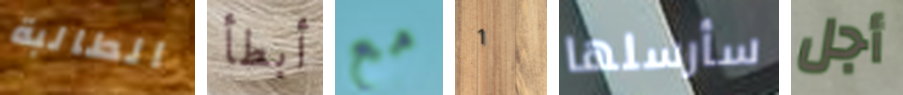
الطالبة أبطأ مع 1 سأرسلها أجل